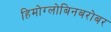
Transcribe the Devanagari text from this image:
हिमोग्लोबिनबरोबर